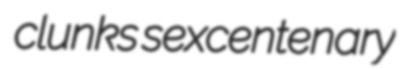
clunks sexcentenary